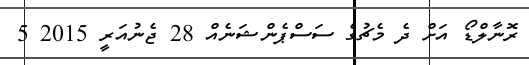
ރޮނާލްޑޯ އަށް ދެ މެޗުގެ ސަސްޕެންޝަނެއް 28 ޖެނުއަރީ 2015 5